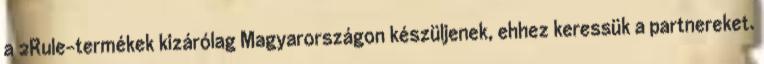
a 2Rule-termékek kizárólag Magyarországon készüljenek, ehhez keressük a partnereket.